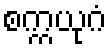
စက္ကယုဂံ